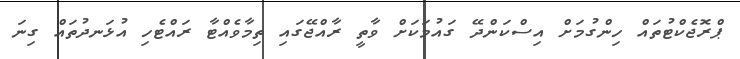
ޕްރޮޖެކްޓުތައް ހިންގުމަށް އިސްކަންދޭ ގައުމަކަށް ވާތީ ރާއްޖޭގައި ތިމާވެއްޓާ ރައްޓެހި އުޅަނދުތައް ގިނަ